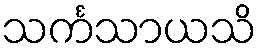
သင်္ကသာယသိ